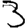
Digit: 3